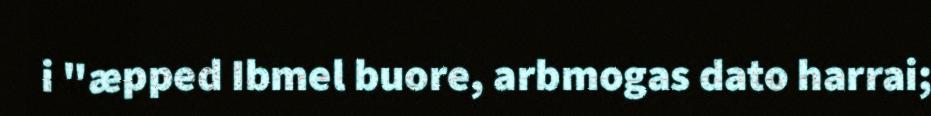
i "æpped Ibmel buore, arbmogas dato harrai;